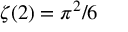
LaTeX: \zeta ( 2 ) = \pi ^ { 2 } / 6